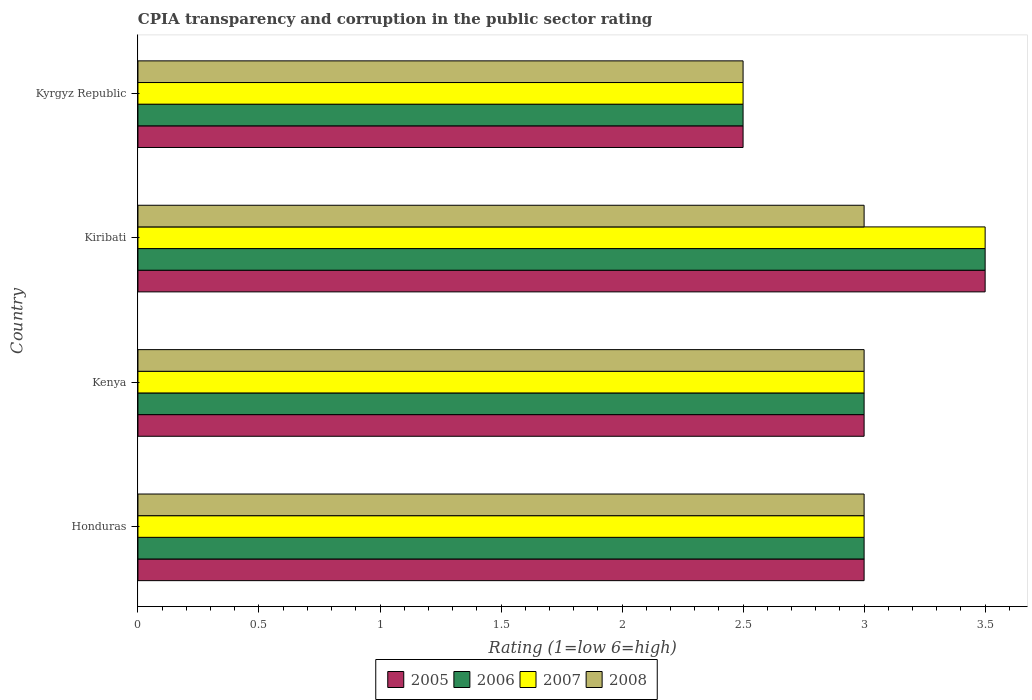
| Country | 2005 | 2006 | 2007 | 2008 |
 | --- | --- | --- | --- | --- |
 | Honduras | 3 | 3 | 3 | 3 |
 | Kenya | 3 | 3 | 3 | 3 |
 | Kiribati | 3.5 | 3.5 | 3.5 | 3 |
 | Kyrgyz Republic | 2.5 | 2.5 | 2.5 | 2.5 |